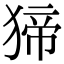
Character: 𤟾